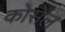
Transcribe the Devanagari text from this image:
कोसेल